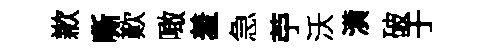
歉嘶歎噉羞急苧沃潢破于